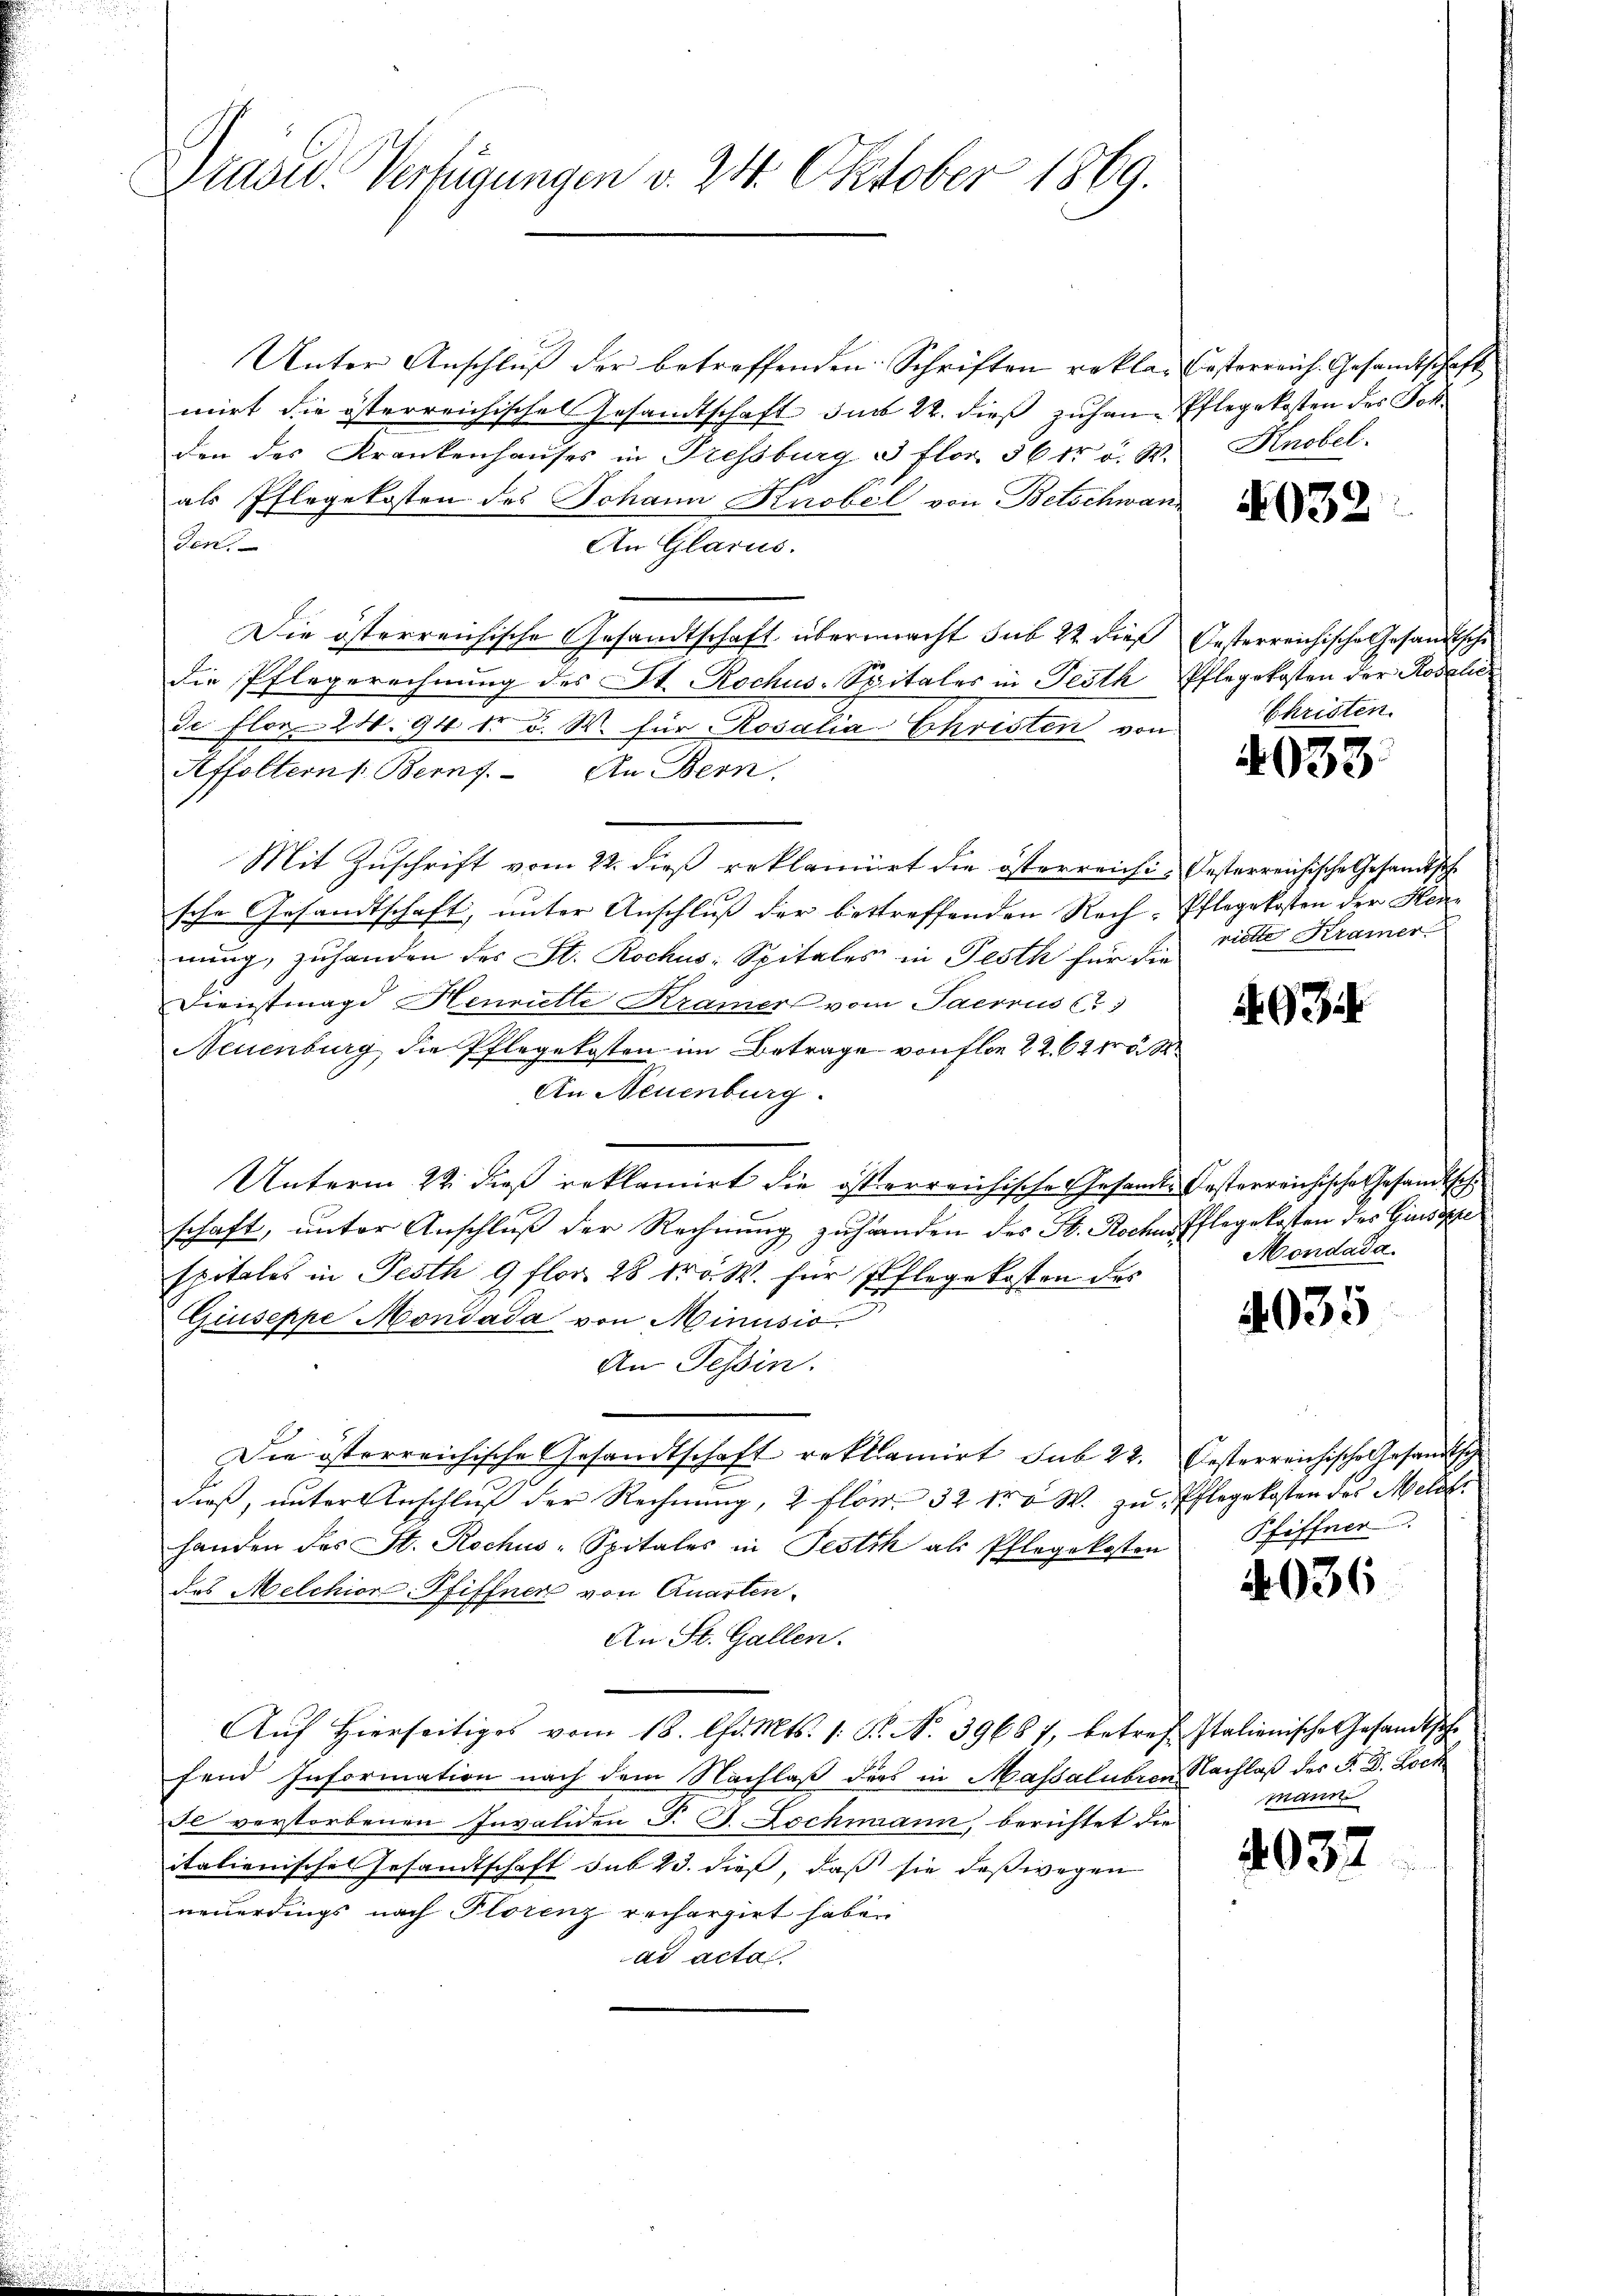
Präsid. Verfügungen v. 24. Oktober 1869.

Unter Anschluß der betreffenden Schriften reklamirt die österreichische Gesandtschaft im 22. dieß zuhan Pflegekosten des Johden des Krankenhauses in Pressburg & Flor 56 fr a. W.
als Pflegekosten des Johann Knobel von Betschwanden.
An Glarus.
Die österreichische Gesandtschaft übermacht sub 22 dieß Oesterreichische Gesandtsche
die Pflegerechnung des St. Rochus-Spitales in Festh
de Flor 14. 94 d. d. W. für Rosalia Christen von
Affoltern Berns. An Bern.
Mit Zuschrift vom 22. dieß reklamirt die österreichische Gesandtschaft, unter Anschluss der bestreffenden Rech-Pflegekosten der Heinung, zu handen des St. Rochus-Spitales in Festh für die
Dienstmagd Hennelle Kramer vom Paerrus (
Neuenburg die Pflegekosten im Betrage von flor 2262 fr 5 S
An Neuenburg.
Unterm 22. dieß reklamirt die österreichische Gesandte Posterreichische Gesandtsch
schaft, unter Anschluß der Rechnung zuhänden des H. Roches Pflegekosten des Gandoppe
Spitales in Festh 9 flor. 28 Nr 5 W. für Pflegekosten des
Giuseppe Mondada von Minusio
An Tessin.
Die österreichische Gesandtschaft reklamirt sub 22. Oesterreichische Gesandtsch
dieß, unter Anschluß der Rechnung, 2 flor 32 fr. v W. zu Pflegekosten des Melli
handen des St. Rochus-Spitales in Testik als Pflegekosten
das Melchion-Pfiffner von Quarten.
An St. Gallen.
Auf Hierseitiges vom 18. Chr. Mts. 1. P. N. 39687, betref Italienische Gesandtsche
fend Information nach dem Nachlaß ders in Massalueren Nachlaß des P. D. Loch
Il verstorbenen Invaliden J. G. Lochmann, berichtet die
tationisches Gesandtschaft sub 23. dieß, daß sie deßwegen
neuerdings nach Florenz rechargirt haben
ad acta

Besterreich. Gesandtschaft
Knobel.

4032

Pflegekosten der Rosalie
Christen.

4033

festerreichische Gesandtsch
riette Kramer

A. 93

Mondada.

4035

Pfiffner

4036

mann

4032